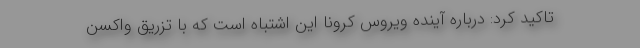
تاکید کرد: درباره آینده ویروس کرونا این اشتباه است که با تزریق واکسن